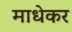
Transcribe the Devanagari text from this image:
माधेकर